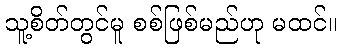
သူ့စိတ်တွင်မူ စစ်ဖြစ်မည်ဟု မထင်။